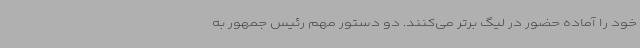
خود را آماده حضور در لیگ برتر می‌کنند. دو دستور مهم رئیس جمهور به